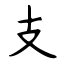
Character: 支